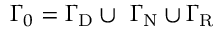
{ \Gamma _ { 0 } = \Gamma _ { \mathrm { { D } } } \cup \ { \Gamma } _ { \mathrm { { N } } } \cup { \Gamma } _ { \mathrm { { R } } } }